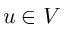
u \in V